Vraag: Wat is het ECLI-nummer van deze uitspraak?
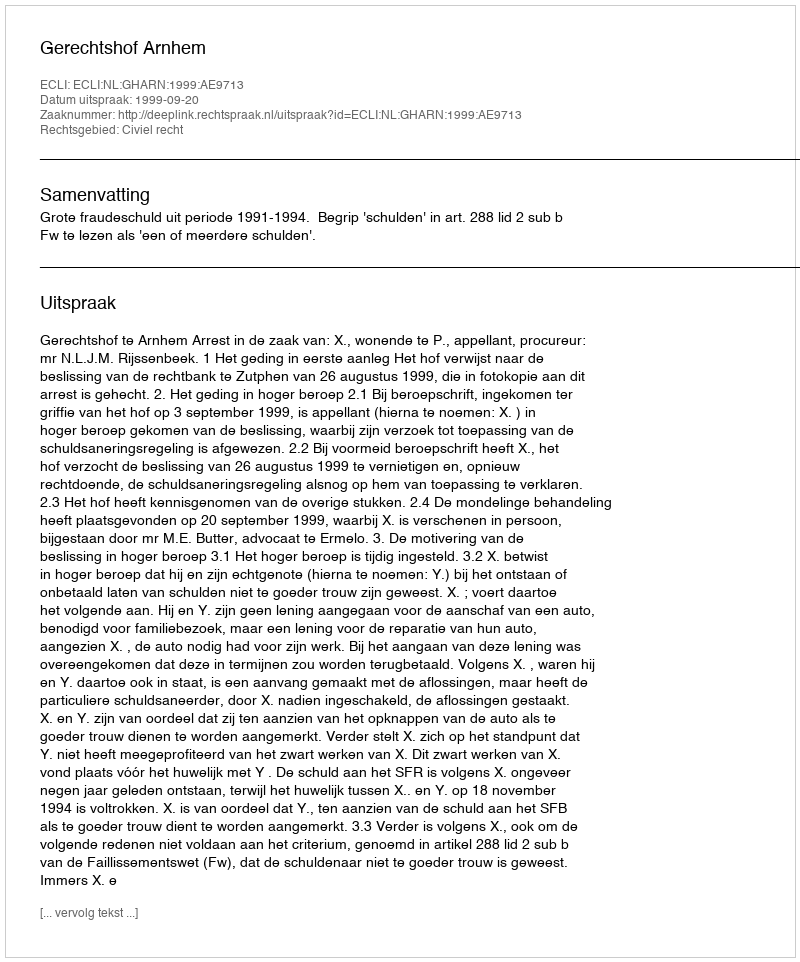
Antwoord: ECLI:NL:GHARN:1999:AE9713